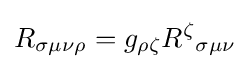
R_{\sigma \mu \nu \rho }=g_{\rho \zeta }R^{\zeta }{}_{\sigma \mu \nu }